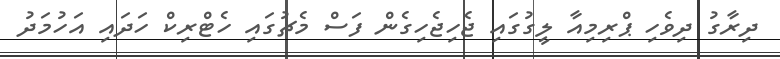
ދިރާގު ދިވެހި ޕްރިމިއާ ލީގުގައި ޖެހިޖެހިގެން ފަސް މެޗުގައި ހެޓްރިކް ހަދައި އަހުމަދު